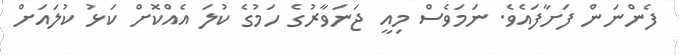
ފެންނަން ފަށާފައެވެ. ނަމަވެސް މިއީ ޖަނަވާރުގެ ހަމުގެ ކުލަ އެއްކޮށް ކަޅު ކުލައަށް